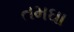
તમઘા